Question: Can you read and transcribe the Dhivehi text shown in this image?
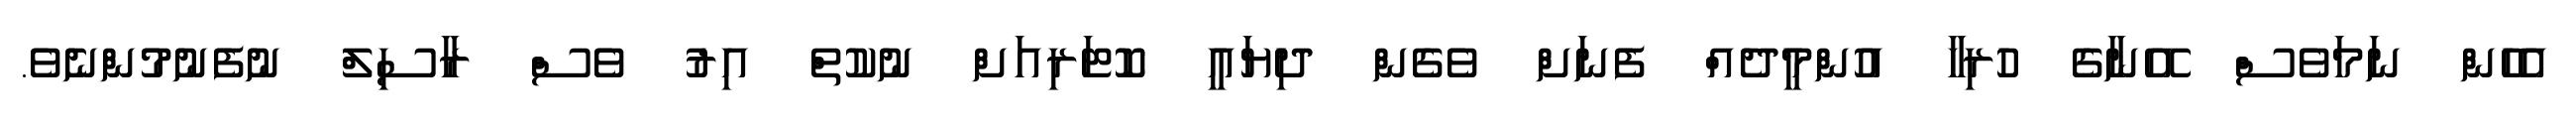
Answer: އެހެން ނަމަވެސް އޭނާގެ ހުރިހާ އުންމީދެއް ފެނަށް ވެގެން ދިޔައީ ކޮޓަރިއަށް ނުކުތް އިރު ވެސް ރާސިލް ނުފެނުމުންނެވެ.